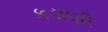
કડાણી